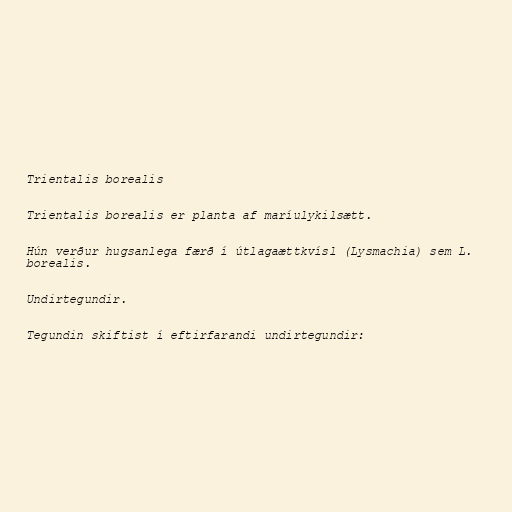
Trientalis borealis

Trientalis borealis er planta af maríulykilsætt.

Hún verður hugsanlega færð í útlagaættkvísl (Lysmachia) sem L.
borealis.

Undirtegundir.

Tegundin skiftist í eftirfarandi undirtegundir: